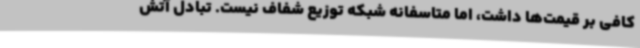
کافی بر قیمت‌ها داشت، اما متاسفانه شبکه توزیع شفاف نیست. تبادل آتش